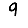
Digit: 9